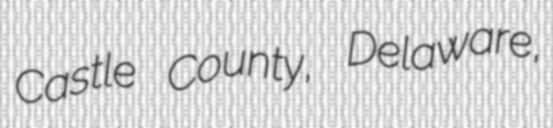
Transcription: Castle County, Delaware,